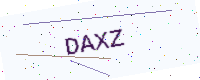
Text: DAXZ